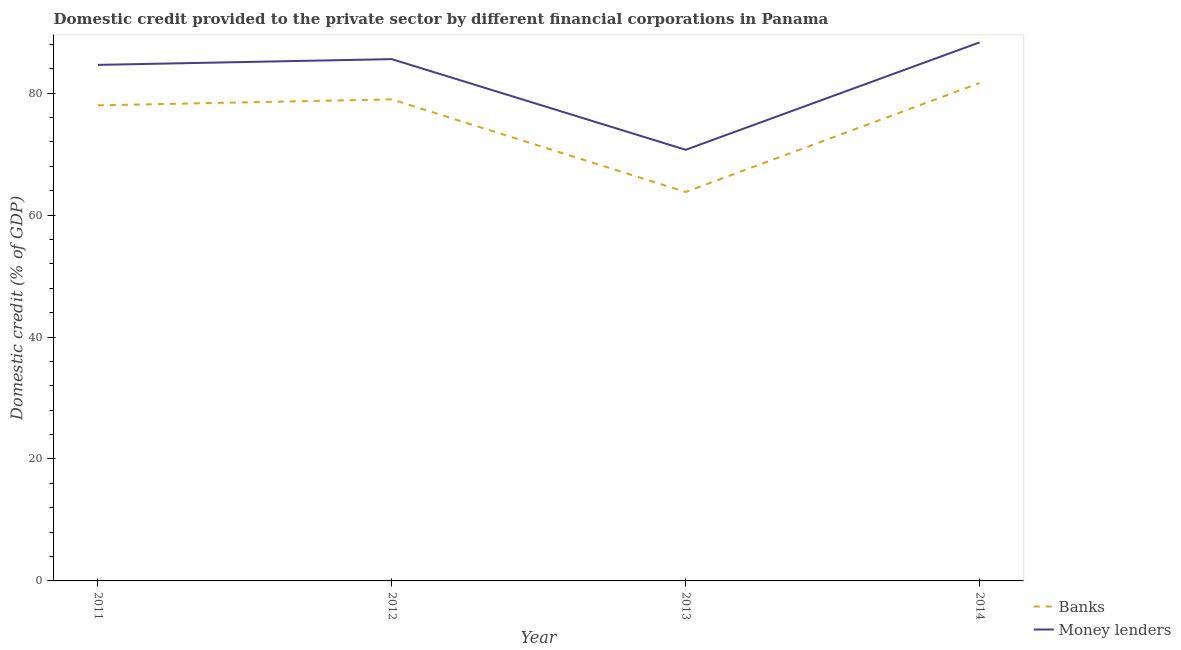
| Year | Banks | Money lenders |
 | --- | --- | --- |
 | 2011 | 78 | 84.6 |
 | 2012 | 79 | 85.6 |
 | 2013 | 63.8 | 70.7 |
 | 2014 | 81.7 | 88.3 |